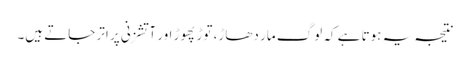
نتیجہ یہ ہوتا ہے کہ لوگ مار دھاڑ، توڑ پھوڑ اور آتشزنی پر اتر جاتے ہیں۔